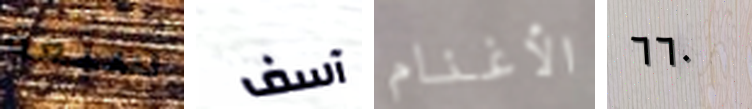
سبعة آسف الأغنام ٦٦٠